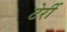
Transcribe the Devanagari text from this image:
टेर्री